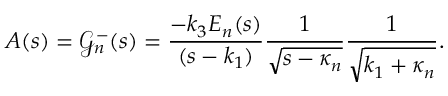
A ( s ) = \mathcal { G } _ { n } ^ { - } ( s ) = \frac { - k _ { 3 } E _ { n } ( s ) } { ( s - k _ { 1 } ) } \frac { 1 } { \sqrt { s - \kappa _ { n } } } \frac { 1 } { \sqrt { k _ { 1 } + \kappa _ { n } } } .